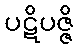
ပဋိပဇ္ဇိ